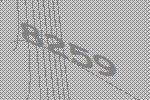
8259